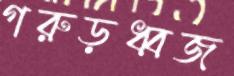
গরুড়ধ্বজ